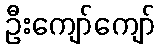
ဦးကျော်ကျော်